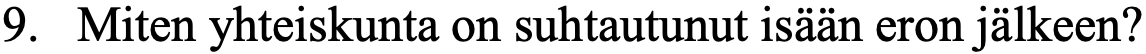
9. Miten yhteiskunta on suhtautunut isään eron jälkeen?